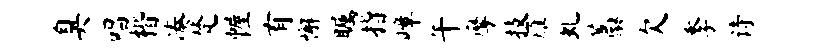
臭唱楷凑梵幄有懈瞩指嶂午摩技雁虬藁欠季诗